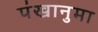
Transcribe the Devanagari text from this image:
पंखानुमा